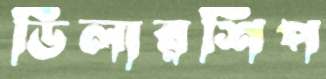
ডিলারশিপ